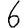
Digit: 6